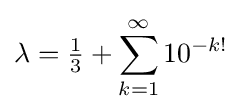
\lambda ={\tfrac {1}{3}}+\sum _{k=1}^{\infty }10^{-k!}